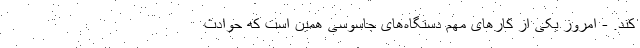
کند. - امروز یکی از کار‌های مهم دستگاه‌های جاسوسی همین است که حوادث